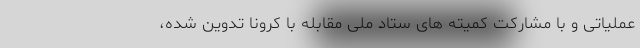
عملیاتی و با مشارکت کمیته های ستاد ملی مقابله با کرونا تدوین شده،